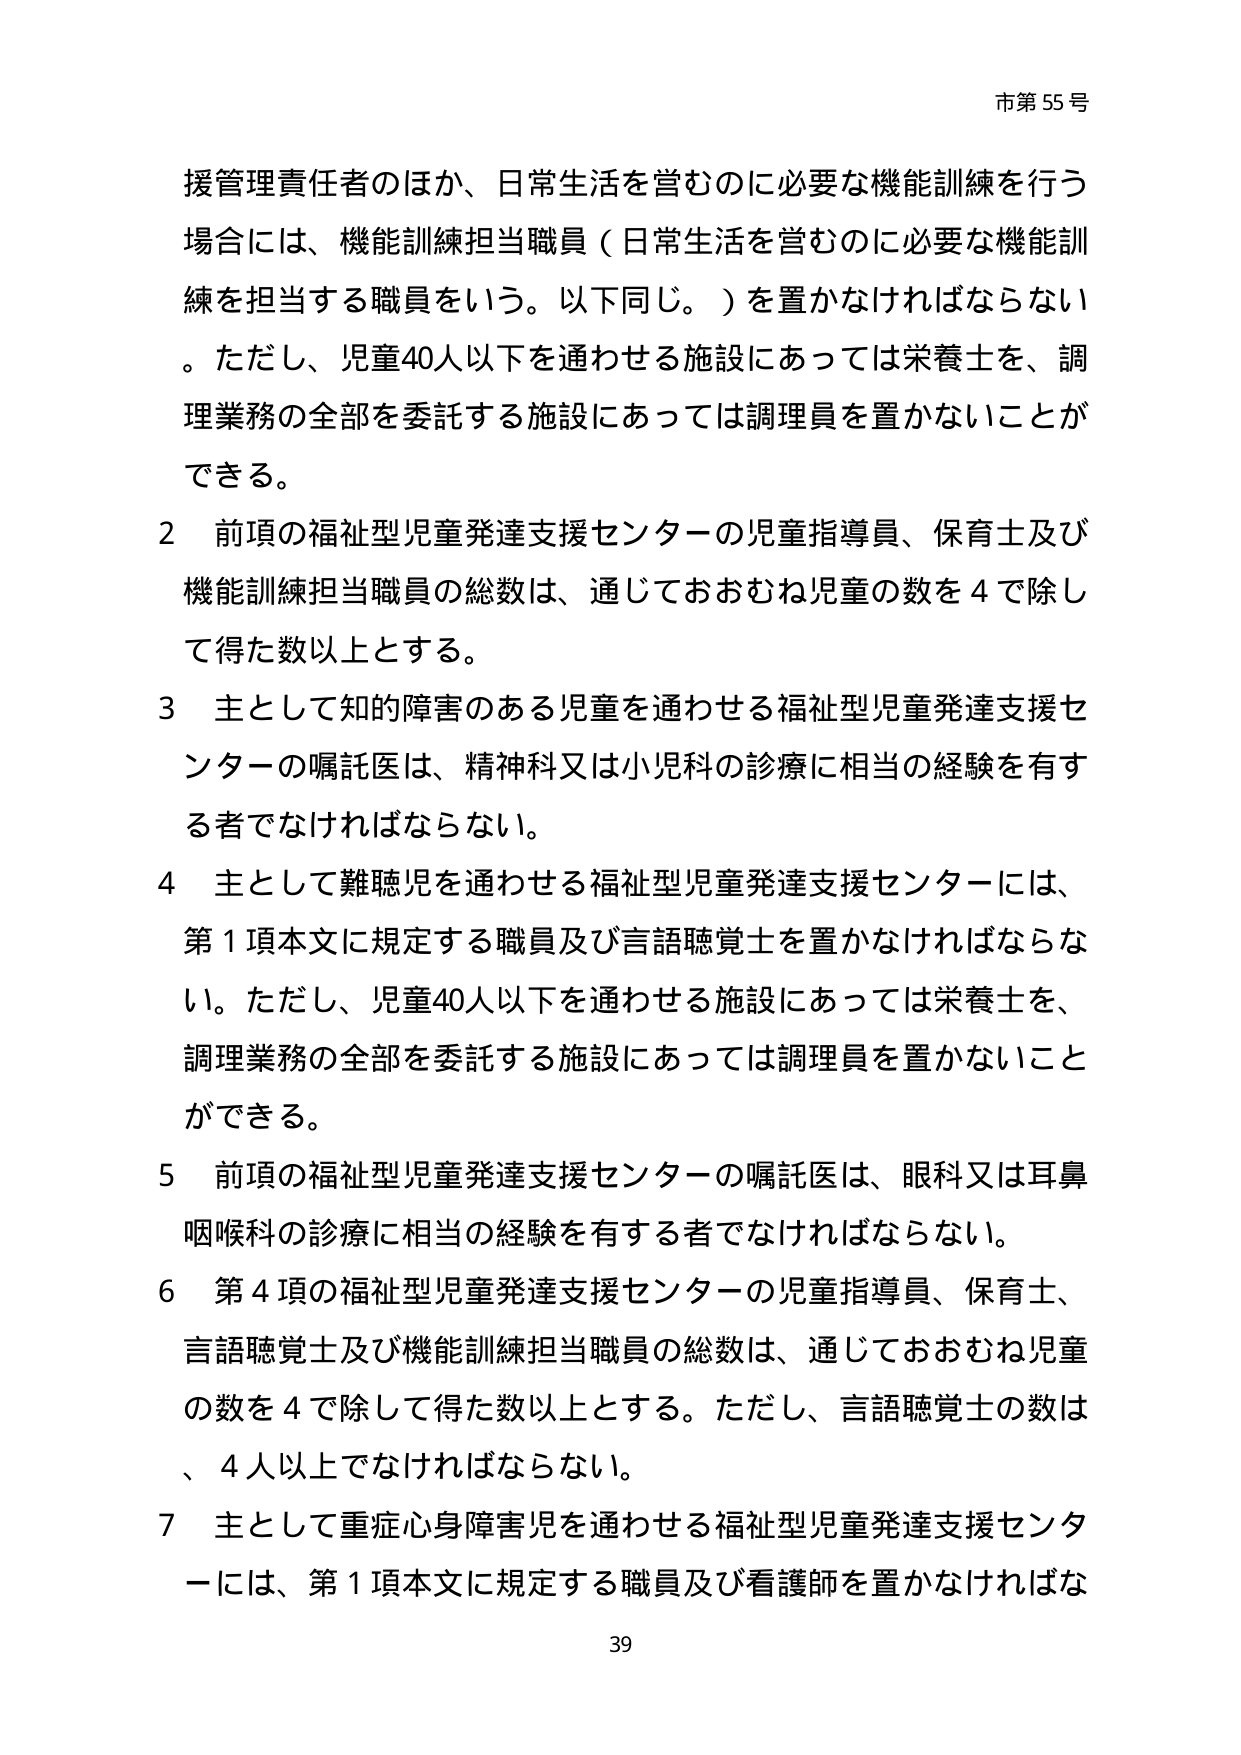
市第55号

援管理責任者のほか、日常生活を営むのに必要な機能訓練を行う場合には、機能訓練担当職員（日常生活を営むのに必要な機能訓練を担当する職員をいう。以下同じ。）を置かなければならない。ただし、児童40人以下を通わせる施設にあっては栄養士を、調理業務の全部を委託する施設にあっては調理員を置かないことができる。

2 前項の福祉型児童発達支援センターの児童指導員、保育士及び機能訓練担当職員の総数は、通じておおむね児童の数を4で除して得た数以上とする。

3 主として知的障害のある児童を通わせる福祉型児童発達支援センターの嘱託医は、精神科又は小児科の診療に相当の経験を有する者でなければならない。

4 主として難聴児を通わせる福祉型児童発達支援センターには、第1項本文に規定する職員及び言語聴覚士を置かなければならない。ただし、児童40人以下を通わせる施設にあっては栄養士を、調理業務の全部を委託する施設にあっては調理員を置かないことができる。

5 前項の福祉型児童発達支援センターの嘱託医は、眼科又は耳鼻咽喉科の診療に相当の経験を有する者でなければならない。

6 第4項の福祉型児童発達支援センターの児童指導員、保育士、言語聴覚士及び機能訓練担当職員の総数は、通じておおむね児童の数を4で除して得た数以上とする。ただし、言語聴覚士の数は、4人以上でなければならない。

7 主として重症心身障害児を通わせる福祉型児童発達支援センターには、第1項本文に規定する職員及び看護師を置かなければな

39